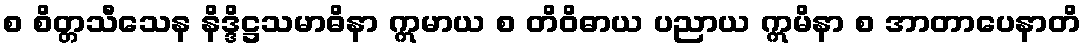
စ စိတ္တသီသေန နိဒ္ဒိဋ္ဌသမာဓိနာ ဣမာယ စ တိဝိဓာယ ပညာယ ဣမိနာ စ အာတာပေနာတိ